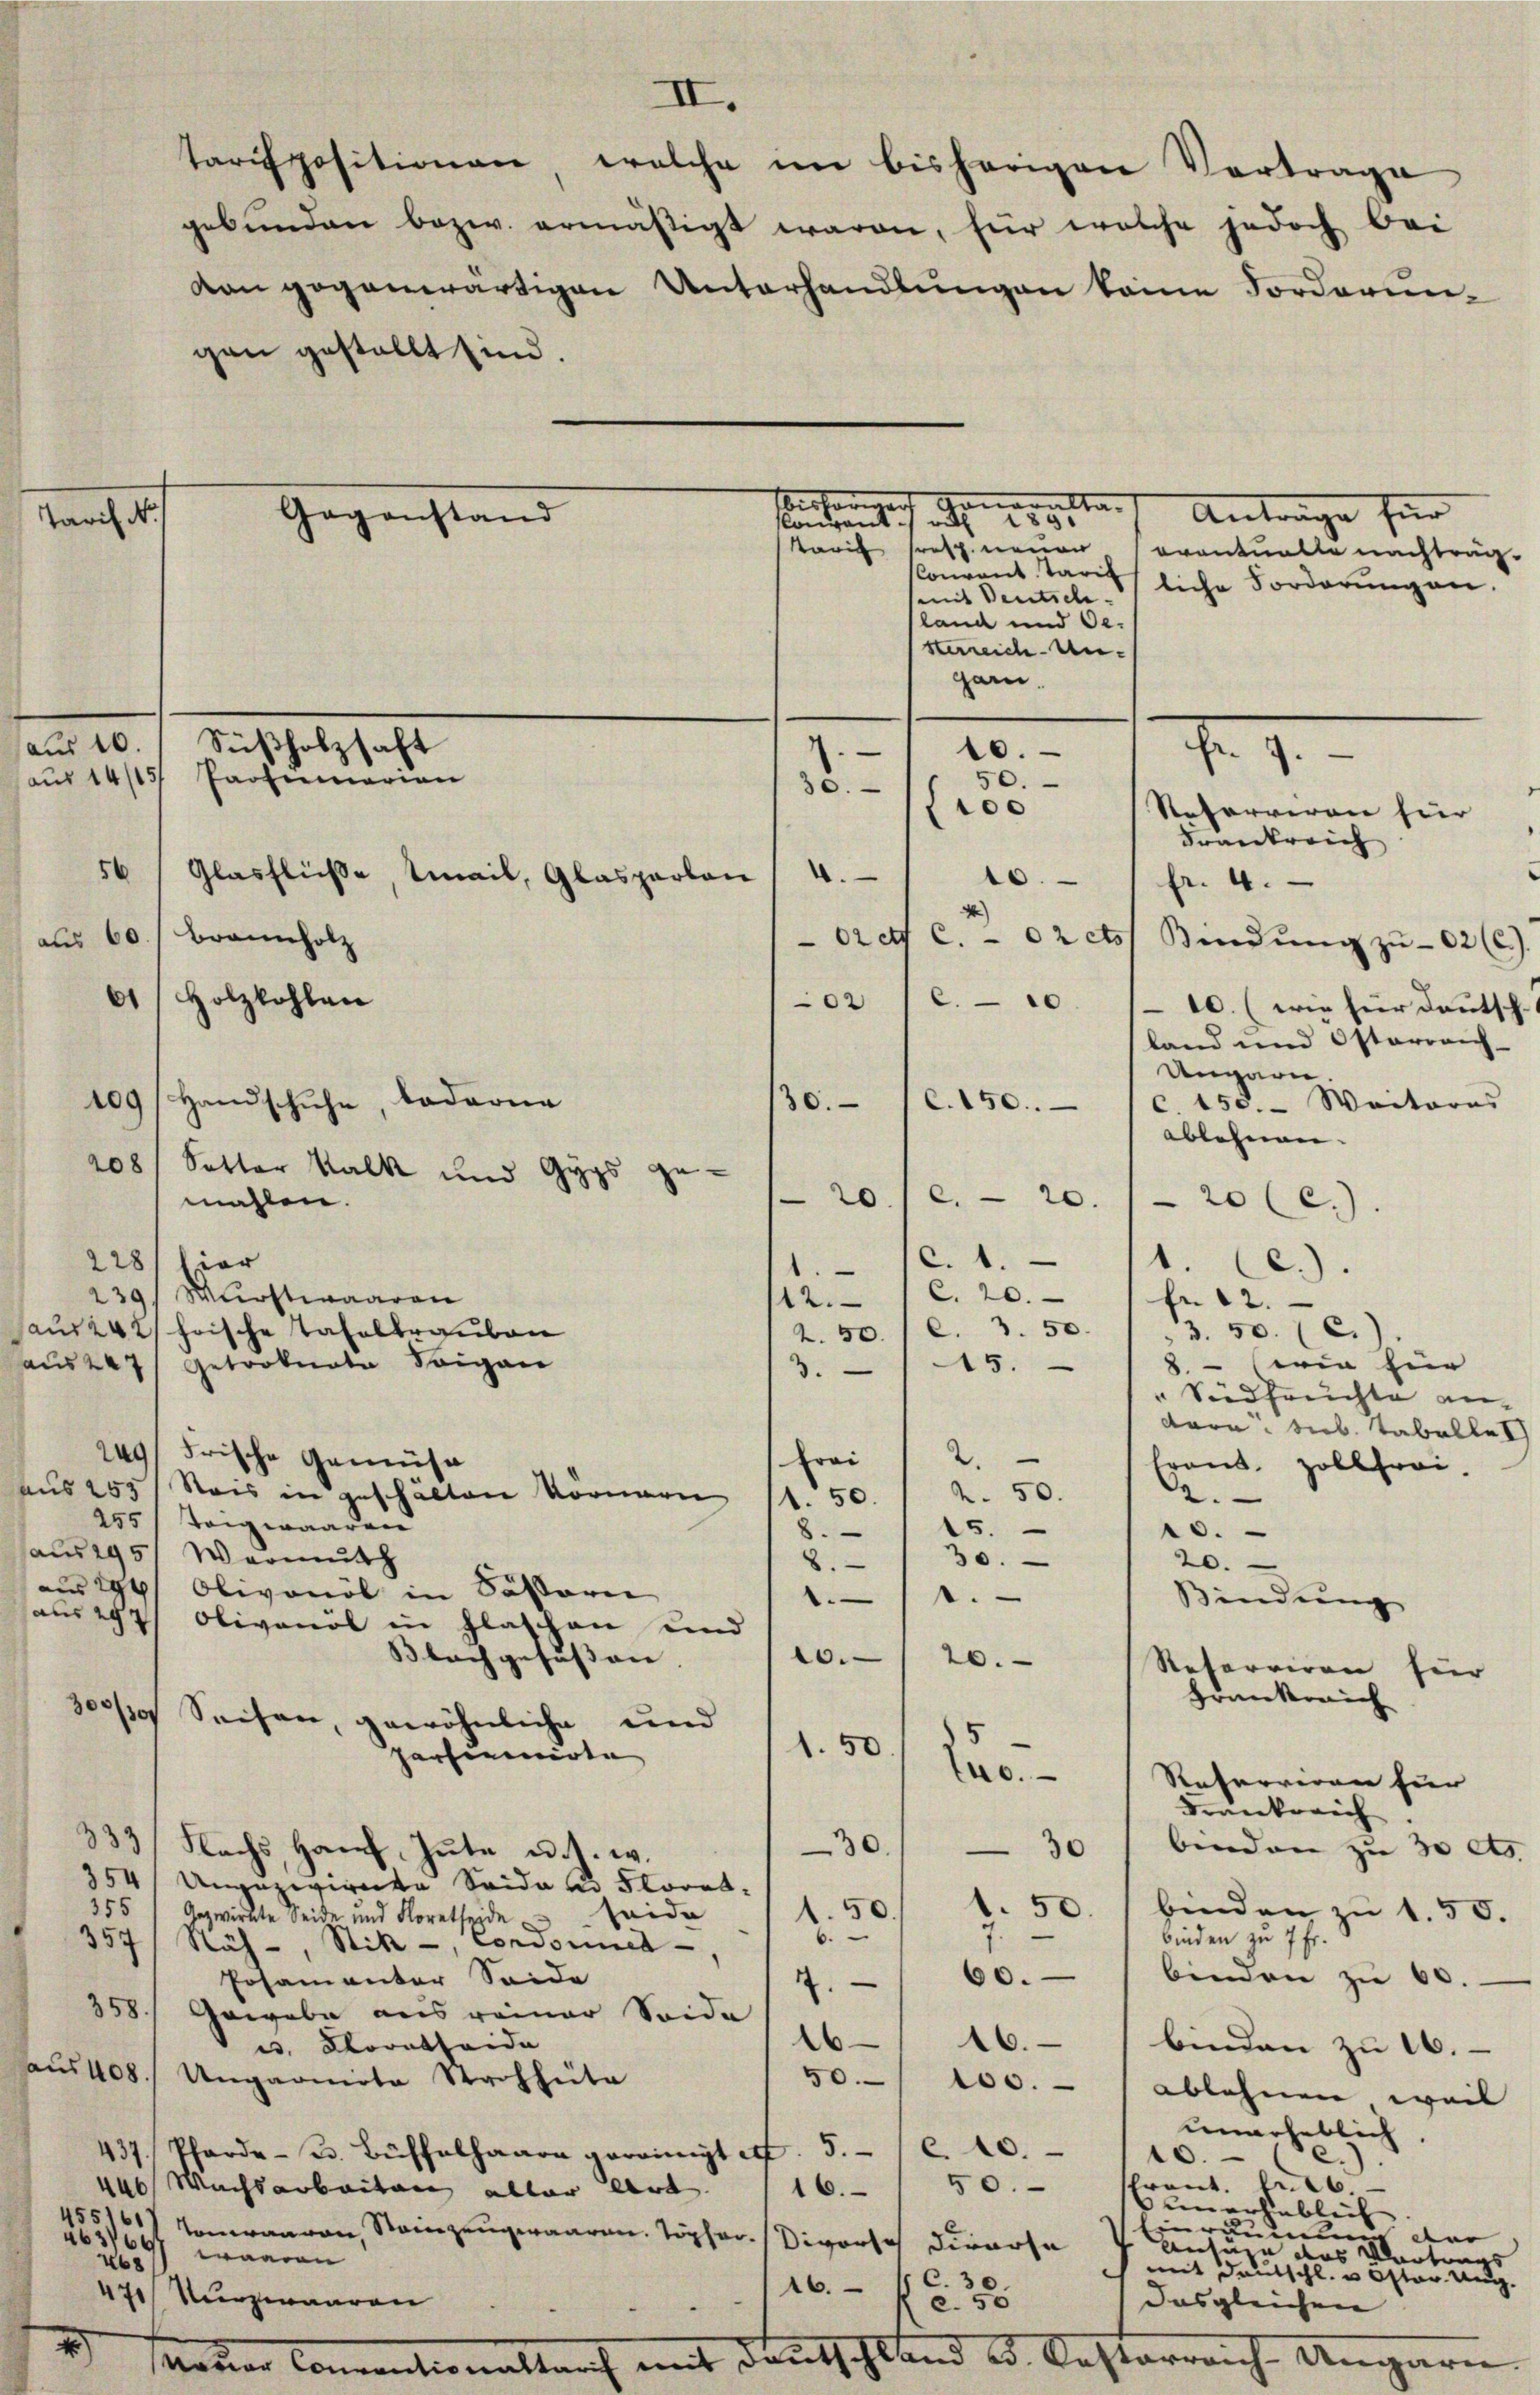
aach

d

Wert Generalta-
Gegenstand
5.
sonderung
Tarif resp. neuer Coventuelle nachträg-

gan gestellt sind.

.
10.
Nr. 1
50.
30.
100
Referveran für
Frankreich
56
Glasflüße, tail, Glasparlon 1 4. / 10.
fr. 4.
4
Oretf c. 2 ct. Bindŭng zŭ 02 (c).
b
02
6.10. 110. (wie für deutsch-
land und Osterreich-
Ungarn.
Handschuhe, oderne
109
30.
c. 150.- Weiteres
c.150.
ablehnen. |
208 Setter Kalk und Gyps ge¬
20.
c. 20.
mahlen.
20 (c.)
C. 1.
228/ Eier
1. Ce.)
239) Wurstwaaren
12.- 1 c. 20.
fr. 12.
3. 50.
mi 242 frische Tafeltrauben
3. 50. (C.
2.50.
us 247 getronate Sorgen
8. - (wie für
3. 145.
" Südfruchte an-
Bara Seb. Tabellet
249) Frische Gemüse
Frai
traut Zollfrei.
us 255) Seis in geschälten Körnern
2. 50.
2.
.50.
255/ Teigwaaren
15.
10.
.
aus 1951 Wermuth
30.
20.
8.
aus 294/ Olivonöl in Sästorie
1.
1.
Bindung
aus 297 Olivonöl in Flaschen und
20.
Blachgesussen. |
20.
Referiren für
Frankreich
3000 Seisen, gewöhnliche und
1.50.
parfiumirte |
140.
Referiren für
drankreich
333 Flachs, Hanf, Gute u. s. w.
30.
30 / binden zu 30 As.
354/ Unguzwirnte Seide u. Floret¬
1. 50. binden zu 1.50.
1.50.
355/ Gezwirkte Seide und Floretheide u Leide
6.
binden zu 7 Fr.
357/ Näh-, Stik, Condonnet
60. binden zŭ 60.
Posamenter Seide
7.
358. Gewebe aus reiner Seide
16
16.
w. Korntheide |
binden zu 16.
aŭs 408. Ungarnita Strohhüte
50. 100.
ablehnen, weil |
unerheblich.
437. Pferde - 2. Büffelhaara gereinigt u. 5 c. 10.
10. (2.).
sfront. Fr. 26.
446 Wachsarbeiten aller Art. 116. 50.
unerheblich |
Einräumen der
155161/ Tomwaaren, Steinzeugwaaren Töpfer. Divorse derarse
2631647 waaren
Antage das Klartungs
268
mit Deutschl. u. Oster Weg.
C. 30.
16.
471) Nurzwaaren
c. 50
das gleichen |
2
mauer Conventionaltarf mit Deutschland u. Oesterreich Angarn

aus 60. Brannholz

aus 10. / Süßholzhaft
aus 14/15/ Paolinarian

Holzkohlen

IV.

Antrage für
Convent taris siche Forderungen.
(mit Deutsch.
land und Oe.
sterreich-Ungarn.

tarispositionen, welche im bisherigen Vortrage
gebŭnden bezw. ermäßigt waren, für welche jedoch bei
von gegenwärtigen Unterhandlungen keine Forderun¬